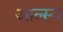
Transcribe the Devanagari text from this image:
आल्स्य